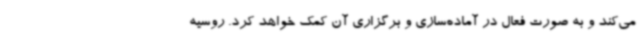
می‌کند و به صورت فعال در آماده‌سازی و برگزاری آن کمک خواهد کرد. روسیه